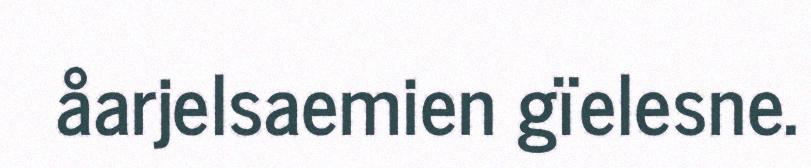
åarjelsaemien gïelesne.